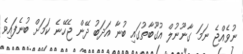
ނުވެއްޖެ ނަމަ ގާނޫނުލް އުގޫބާތުގައި ބުނާ އަދަބު ދޭން ޖެހޭނެ ކަމަށް ބުނެފައިވެ